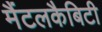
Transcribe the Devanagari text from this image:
मैंटलकैबिटी